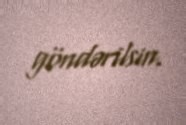
göndərilsin.